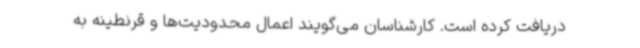
دریافت کرده است. کارشناسان می‌گویند اعمال محدودیت‌ها و قرنطینه به